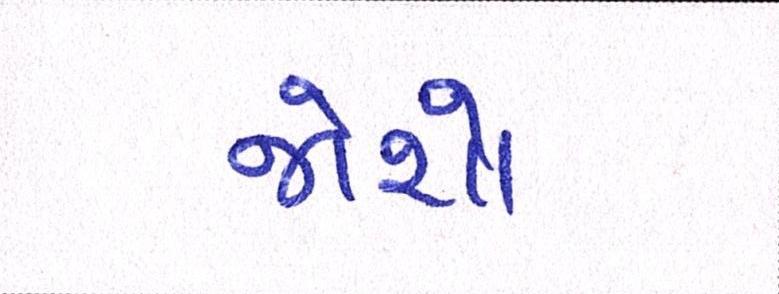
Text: જોશો